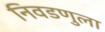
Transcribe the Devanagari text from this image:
निवडणुला